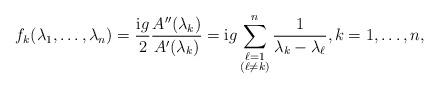
LaTeX: \begin{gather*}f_k(\lambda_1,\dots,\lambda_n)=\frac{\mathrm{i} g}{2}\frac{A''(\lambda_k)}{A'(\lambda_k)}=\mathrm{i} g\sum_{\substack{\ell=1\\(\ell\neq k)}}^n\frac{1}{\lambda_k-\lambda_\ell},k=1,\dots,n,\end{gather*}